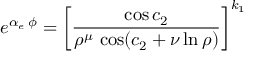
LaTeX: e ^ { \alpha _ { e } \, \phi } = \left[ { \frac { \cos { c _ { 2 } } } { \rho ^ { \mu } \, \cos ( { c _ { 2 } + \nu \ln \rho ) } } } \right] ^ { k _ { 1 } }